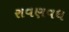
રાવણવધ